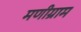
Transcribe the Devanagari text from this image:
मणीग्राम